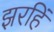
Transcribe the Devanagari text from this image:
झरहिं